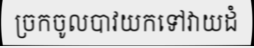
ច្រកចូលបាវយកទៅវាយដំ